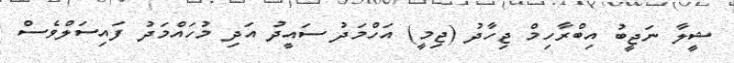
ޝީލާ ނަޖީބު އިބްރާހިމް ޖިހާދު (ޖިމީ) އަހްމަދު ސައީދު އަދި މުހައްމަދު ފައިސަލްވެސް